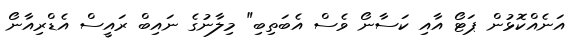
އަނެއްކޮޅުން ޕަޓޯ އާއި ކަސާނޯ ވެސް އެބަތިބި" މިލާނުގެ ނައިބް ރައީސް އެޑްރިއާނޯ